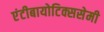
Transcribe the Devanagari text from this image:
एंटीबायोटिक्ससेमी